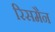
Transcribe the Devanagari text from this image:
रिसमैन